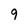
Character: 9